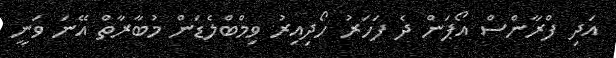
އަދި ފްރާންސް އޯޕަން ދެ ފަހަރު ހޯދިއިރު ވިމްބްލެޑަން މުބާރާތް އޭނަ ވަނީ